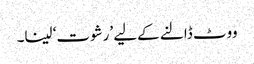
ووٹ ڈالنے کےلیے ’رشوت‘ لینا۔